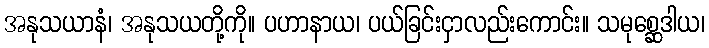
အနုသယာနံ၊ အနုသယတို့ကို။ ပဟာနာယ၊ ပယ်ခြင်းငှာလည်းကောင်း။ သမုစ္ဆေဒါယ၊